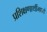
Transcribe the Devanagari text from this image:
प्रशिक्षणार्थीमध्ये